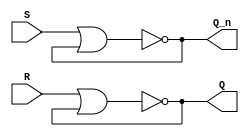
module sr_latch(input R, input S, output Q, output Q_n);

    wire N1, N2;
    
    // NOR gate 1
    assign N1 = !(S | Q_n);
    
    // NOR gate 2
    assign N2 = !(R | Q);
    
    // Feedback loop
    assign Q = N2;
    assign Q_n = N1;
    
endmodule